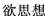
欲思想